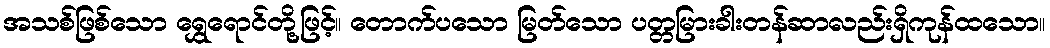
အသစ်ဖြစ်သော ရွှေရောင်တို့ဖြင့်။ တောက်ပသော မြတ်သော ပတ္တမြားခါးတန်ဆာလည်းရှိကုန်ထသော။